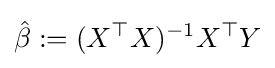
{\hat {\beta }}:=(X^{\top }X)^{-1}X^{\top }Y